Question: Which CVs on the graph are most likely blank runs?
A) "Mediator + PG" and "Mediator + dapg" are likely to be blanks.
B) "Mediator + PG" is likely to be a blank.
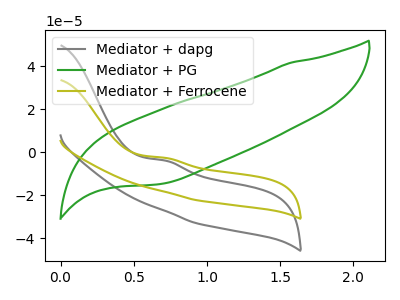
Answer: <think>The gray curve "Mediator + dapg" has an anodic peak at: (0.70V, -3.85uA). The green curve "Mediator + PG" has no peaks. The olive curve "Mediator + Ferrocene" has an anodic peak at: (0.70V, -2.60uA).</think>
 <answer>B) "Mediator + PG" is likely to be a blank.</answer>
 <eval>B</eval>